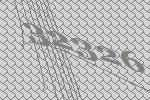
32326